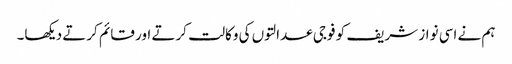
ہم نے اسی نواز شریف کو فوجی عدالتوں کی وکالت کرتے اور قائم کرتے دیکھا۔